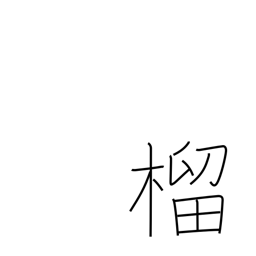
Meaning: pomegranate